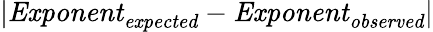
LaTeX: \lvert\mathit{Exponent_{expected}}-\mathit{Exponent_{observed}}\rvert